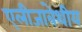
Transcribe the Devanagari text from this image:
एलीजाबेथीय